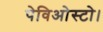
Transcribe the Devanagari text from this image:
पेविओस्टो।